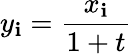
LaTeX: y_{\mathbf{i}}={\frac{{x_{\mathbf{i}}}}{{1+t}}}